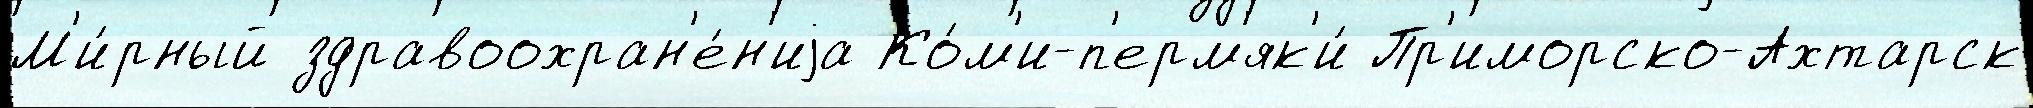
М'и́рный здравоохран'е́н'иjа Ко́м'и-п'ерм'як'и́ Пр'иморско-Ахтарск